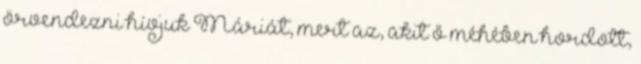
örvendezni hívjuk Máriát, mert az, akit ő méhében hordott,